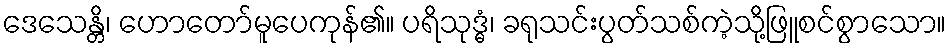
ဒေသေန္တိ၊ ဟောတော်မူပေကုန်၏။ ပရိသုဒ္ဓံ၊ ခရုသင်းပွတ်သစ်ကဲ့သို့ဖြူစင်စွာသော။